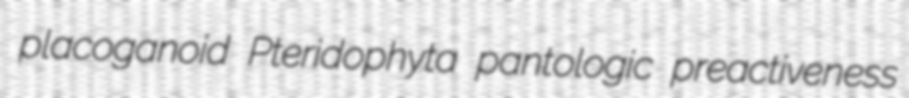
placoganoid Pteridophyta pantologic preactiveness